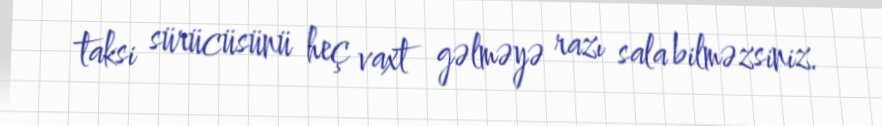
taksi sürücüsünü heç vaxt gəlməyə razı sala bilməzsiniz.